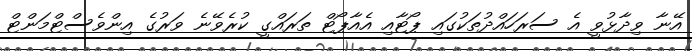
އޭނާ ވިދާޅުވީ އެ ސަރަހައްދުތަކުގައި ޕޯޓާއި އެއާޕޯޓް ތަރައްގީ ކުރެވޭނެ ވަރުގެ އިންވެސްޓްމަންޓް